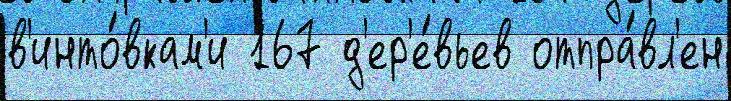
в'инто́вкам'и 167 д'ер'е́вьев отпра́вл'ен